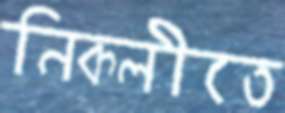
নিকলীতে